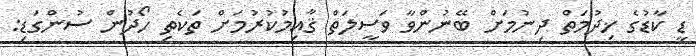
ޑީ ކާޑުގެ ޚިދުމަތް ދިނުމަށް ބޭނުންވާ ވަސީލަތް ޤާއިމުކުރުމަށް ތަކެތި ހޯދުން ސުންގަޑި: